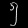
Digit: ၅